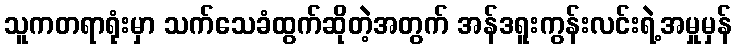
သူကတရာရုံးမှာ သက်သေခံထွက်ဆိုတဲ့အတွက် အန်ဒရူးကွန်းလင်းရဲ့အမှုမှန်